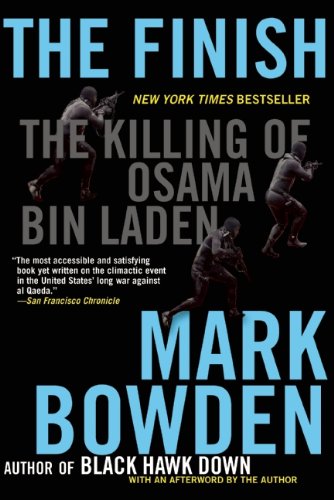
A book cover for The Finish: The Killing of Osama bin Laden; Mark Bowden; History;